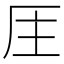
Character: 𠩈